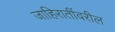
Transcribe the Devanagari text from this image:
जाहिरातींवरील